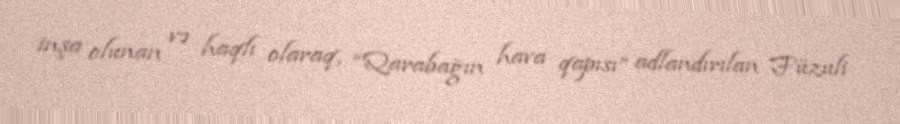
inşa olunan və haqlı olaraq, “Qarabağın hava qapısı” adlandırılan Füzuli